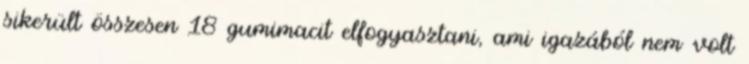
sikerült összesen 18 gumimacit elfogyasztani, ami igazából nem volt